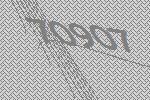
70907